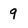
Character: q